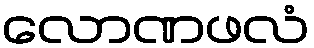
လောဏဖလံ